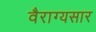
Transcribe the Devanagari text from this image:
वैराग्यसार